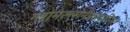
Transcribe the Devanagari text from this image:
ग्लोमेरुलोनेफ्रायटीस